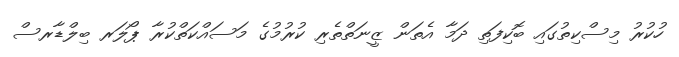
ހުކުރު މިސްކިތުގައި ބޮކިފަތި ދަމާ އެތަން ޒީނަތްތެރި ކުރުމުގެ މަސައްކަތްކުރާ ޕޯލަރ ބިލްޑާރސް